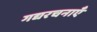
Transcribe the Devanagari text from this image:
गद्यरचनाएँ